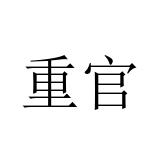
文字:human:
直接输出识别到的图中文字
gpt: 重官